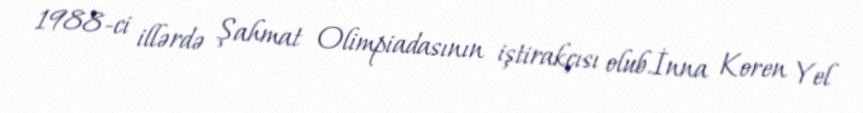
1988-ci illərdə Şahmat Olimpiadasının iştirakçısı olub.İnna Koren Yel